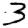
Digit: 3